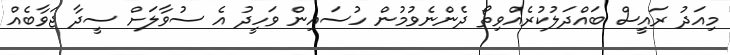
މިއަދު ރައީސް ބައްދަލުކުރެއްވިތޯ ދެންނެވުމުން ހުސައިން ވަހީދު އެ ސުވާލަށް ސީދާ ޖަވާބެއް